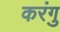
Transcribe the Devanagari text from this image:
करंगु